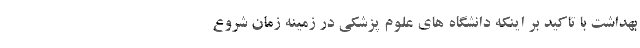
بهداشت با تاکید بر اینکه دانشگاه های علوم پزشکی در زمینه زمان شروع